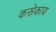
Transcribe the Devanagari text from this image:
कसेकाय